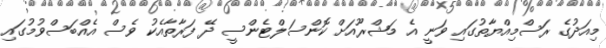
މިއަދުގެ ރަސްމިއްޔާތުގައި ވަނީ އެ މަޝްރޫއަށް ކޮންސަލްޓެންސީ ދޭ ފަރާތާއެކު ވެސް އެއްބަސްވުމުގައި